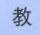
教